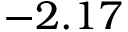
- 2 . 1 7